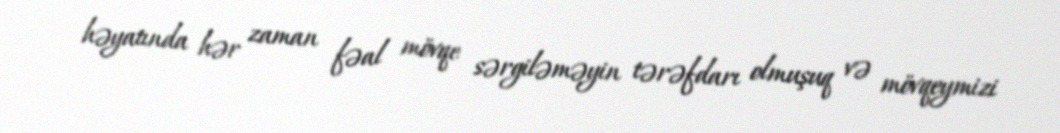
həyatında hər zaman fəal mövqe sərgiləməyin tərəfdarı olmuşuq və mövqeymizi